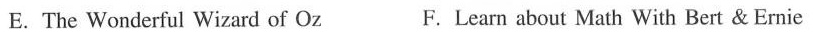
E. The Wonderful Wizard of Oz F. Learn about Math With Bert & Ernie